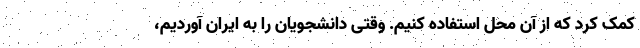
کمک کرد که از آن محل استفاده کنیم. وقتی دانشجویان را به ایران آوردیم،